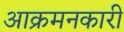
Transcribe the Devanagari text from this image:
आक्रमनकारी